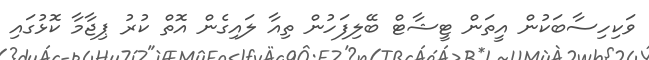
ވަކިހިސާބަކުން އީތަން ޓީޝާޓް ބޭލިފަހުން ތިއާ ލައިގެން އޮތް ކުރު ޕިޖާމާ ކޮޅުގައި